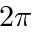
2 \pi